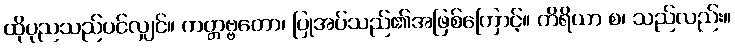
ထိုပုညသည်ပင်လျှင်။ ကတ္တဗ္ဗတော၊ ပြုအပ်သည်၏အဖြစ်ကြောင့်။ ကိရိယာ စ၊ သည်လည်း။